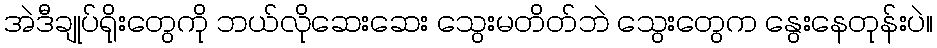
အဲဒီချုပ်ရိုးတွေကို ဘယ်လိုဆေးဆေး သွေးမတိတ်ဘဲ သွေးတွေက နွေးနေတုန်းပဲ။